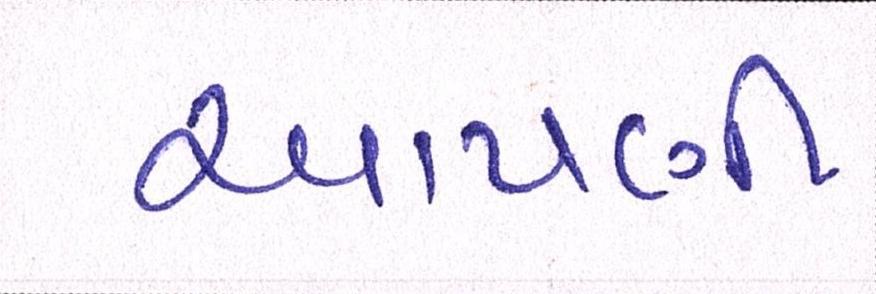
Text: આપણી